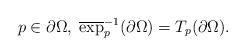
LaTeX: \begin{align*}p \in \partial \Omega, \; \overline\exp_p^{-1}(\partial \Omega)=T_p(\partial\Omega).\end{align*}